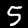
Label: 5